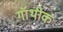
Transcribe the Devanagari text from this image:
गॉथीक